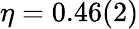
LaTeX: \eta=0.46(2)